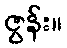
ဇွန်း။